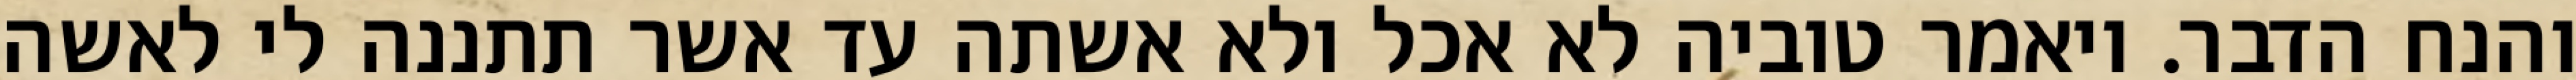
והנח הדבר. ויאמר טוביה לא אכל ולא אשתה עד אשר תתננה לי לאשה